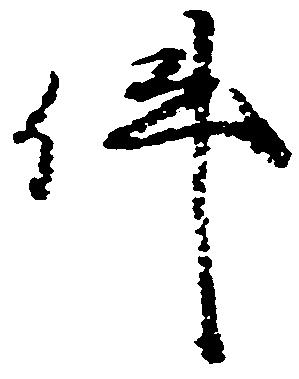
件